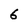
Character: 6